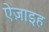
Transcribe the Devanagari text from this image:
ऐज़ाइह